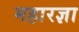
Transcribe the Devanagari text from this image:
महारज्ञा